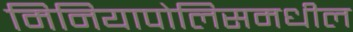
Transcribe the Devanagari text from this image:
मिनियापोलिसमधील